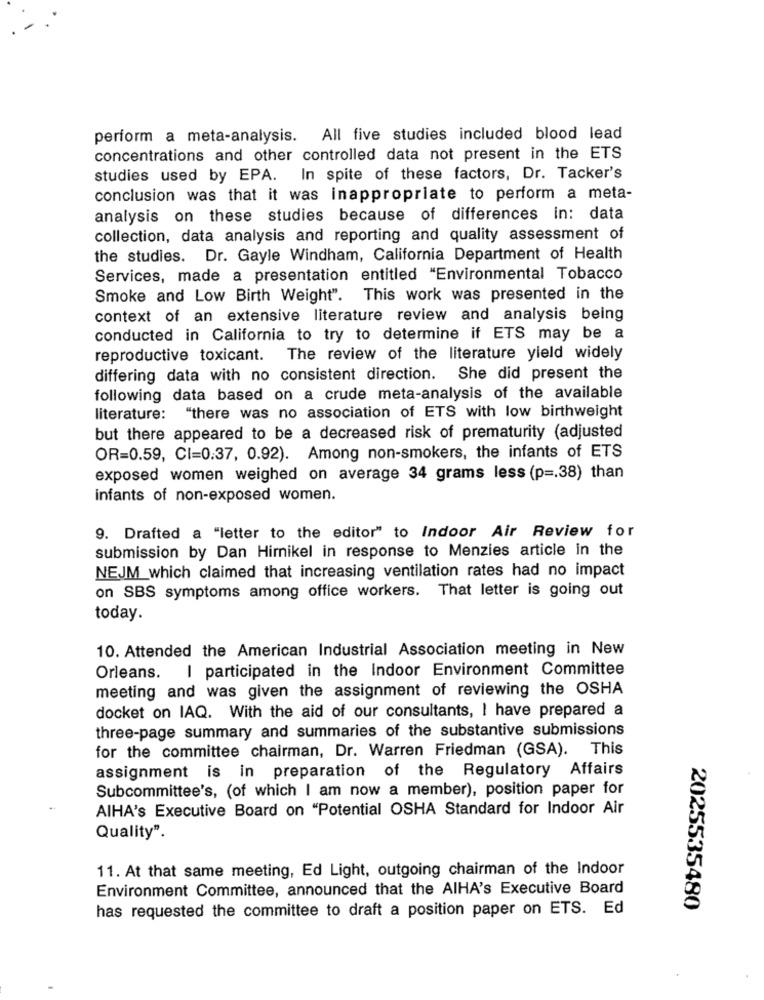
perform a meta-analysis. All five studies included blood lead
concentrations and other controlled data not present in the ETS
studies used by EPA. In spite of these factors, Dr. Tacker's
conclusion was that it was inappropriate to perform a meta-
analysis on these studies because of differences in: data
collection, data analysis and reporting and quality assessment of
the studies. Dr. Gayle Windham, California Department of Health
Services, made a presentation entitled "Environmental Tobacco
Smoke and Low Birth Weight". This work was presented in the
context of an extensive literature review and analysis being
conducted in California to try to determine if ETS may be a
reproductive toxicant. The review of the literature yield widely
differing data with no consistent direction. She did present the
following data based on a crude meta-analysis of the available
"there was no association of ETS with low birthweight
literature:
but there appeared to be a decreased risk of prematurity (adjusted
OR=0.59, CI=0.37, 0.92). Among non-smokers, the infants of ETS
exposed women weighed on average 34 grams less (p =. 38) than
infants of non-exposed women.
9. Drafted a "letter to the editor" to Indoor Air Review for
submission by Dan Himnikel in response to Menzies article in the
NEJM which claimed that increasing ventilation rates had no impact
on SBS symptoms among office workers. That letter is going out
today.
10. Attended the American Industrial Association meeting in New
I participated in the Indoor Environment Committee
Orleans.
meeting and was given the assignment of reviewing the OSHA
docket on IAQ. With the aid of our consultants, I have prepared a
three-page summary and summaries of the substantive submissions
for the committee chairman, Dr. Warren Friedman (GSA). This
assignment is in preparation of the Regulatory Affairs
Subcommittee's, (of which I am now a member), position paper for
AIHA's Executive Board on "Potential OSHA Standard for Indoor Air
Quality".
11. At that same meeting, Ed Light, outgoing chairman of the Indoor
Environment Committee, announced that the AIHA's Executive Board
has requested the committee to draft a position paper on ETS. Ed
2025535480